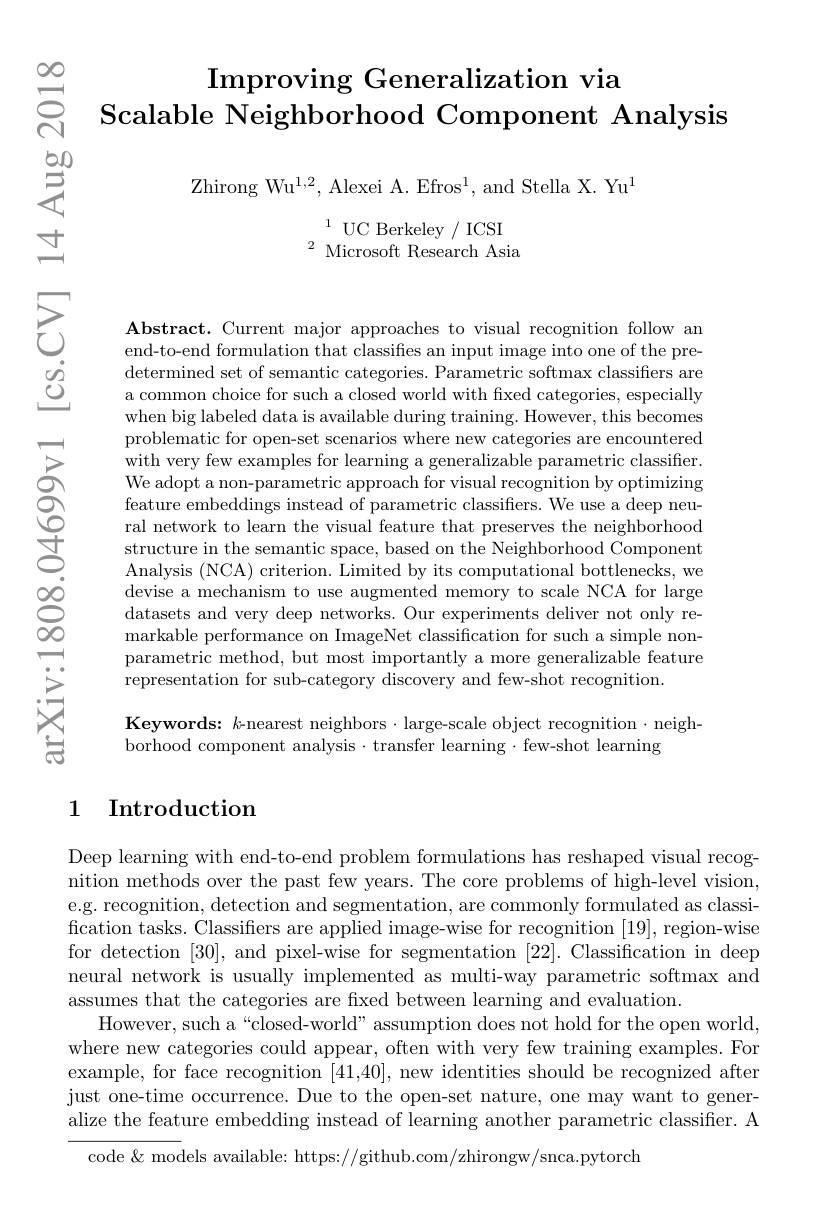
00

# $\begin{array}{cc}\infty&\text{Improving Generalization via}\\\text{ర్ల}&\text{Scalable Neighborhood Component Analysis}\end{array}$

$菱$

$\mathrm{Zhirong~Wu}^{1,2}$,Alexei A.Efros$^1$,and Stella X. Yu$^{1}$

$\begin{array}{l}{1}&{\mathrm{UC~Berkeley~/~ICSI}}\\{\mathrm{Microsoft~Research~Asia}}\\\end{array}$

$\pm$

元

$깡$

一

$\square$

O

O

Abstract. Current major approaches to visual recognition follow an end-to-end formulation that classifies an input image into one of the predetermined set of semantic categories. Parametric softmax classifiers are a common choice for such a closed world with fixed categories, especially when big labeled data is available during training. However, this becomes problematic for open-set scenarios where new categories are encountered with very few examples for learning a generalizable parametric classiffer. We adopt a non-parametric approach for visual recognition by optimizing feature embeddings instead of parametric classifiers. We use a deep neural network to learn the visual feature that preserves the neighborhood structure in the semantic space, based on the Neighborhood Component Analysis (NCA) criterion. Limited by its computational bottlenecks, we devise a mechanism to use augmented memory to scale NCA for large datasets and very deep networks. Our experiments deliver not only remarkable performance on ImageNet classification for such a simple nonparametric method, but most importantly a more generalizable feature representation for sub-category discovery and few-shot recognition.

$\textcircled{1}$

$舌$

$\infty0$

O

$\infty0$

一

Keywords: $k$-nearest neighbors $\cdot$large-scale object recognition·neigh-
borhood component analysis·transfer learning·few-shot learning

## 1 Introduction

Deep learning with end-to-end problem formulations has reshaped visual recognition methods over the past few years. The core problems of high-level vision, e.g. recognition, detection and segmentation, are commonly formulated as classification tasks. Classifiers are applied image-wise for recognition [19], region-wise for detection [30], and pixel-wise for segmentation [22]. Classification in deep neural network is usually implemented as multi-way parametric softmax and assumes that the categories are fixed between learning and evaluation.
However, such a“closed-world” assumption does not hold for the open world, where new categories could appear, often with very few training examples. For example, for face recognition [41,40], new identities should be recognized after just one-time occurrence. Due to the open-set nature, one may want to generalize the feature embedding instead of learning another parametric classiffer. A
code& models available: https://github.com/zhirongw/snca.pytorch